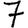
Digit: 7